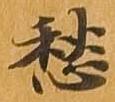
愁